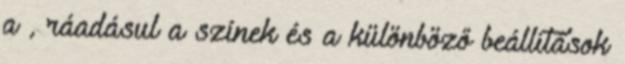
a , ráadásul a színek és a különböző beállítások